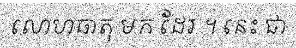
លោហធាតុ មក ដែរ ។ នេះ ជា